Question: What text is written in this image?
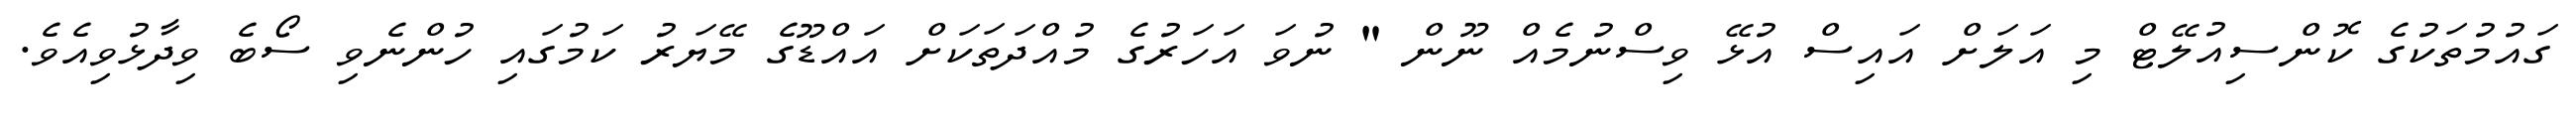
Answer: ގައުމުތަކުގެ ކޮންސިއުލޭޓް މި އަލަށް އައިސް އުޅޭ ވިސްނުމެއް ނޫން " ނުވަ އަހަރުގެ މުއްދަތަކަށް އައްޑޫގެ މޭޔަރު ކަމުގައި ހުންނެވި ސޯބެ ވިދާޅުވިއެވެ.